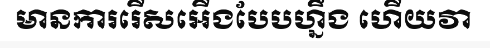
មានការរើសអើងបែបហ្នឹង ហើយវា